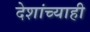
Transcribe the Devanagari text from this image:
देशांच्याही